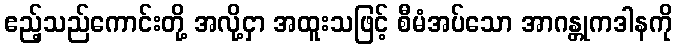
ဧည့်သည်ကောင်းတို့ အလို့ငှာ အထူးသဖြင့် စီမံအပ်သော အာဂန္တုကဒါနကို